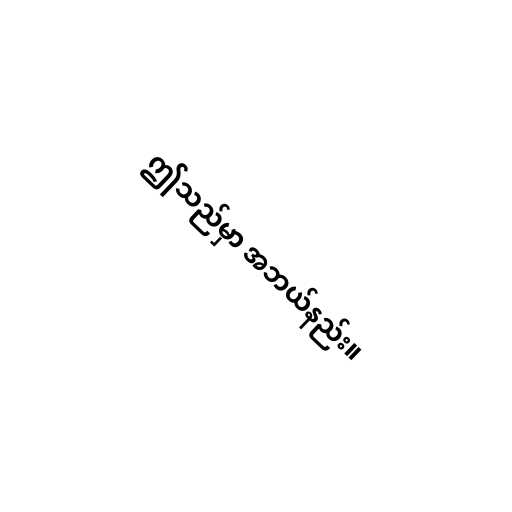
ဤသည်မှာ အဘယ်နည်း။